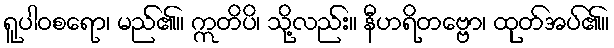
ရူပါဝစရော၊ မည်၏။ ဣတိပိ၊ သို့လည်း။ နီဟရိတဗ္ဗော၊ ထုတ်အပ်၏။